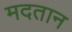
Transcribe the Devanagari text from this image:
मदतान